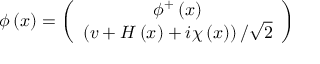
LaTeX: \phi \left( x \right) = \left( \begin{array} { c } { { \phi ^ { + } \left( x \right) } } \\ { { \left( v + H \left( x \right) + i \chi \left( x \right) \right) / \sqrt { 2 } } } \end{array} \right)